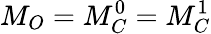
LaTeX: M_{O}=M_{C}^{0}=M_{C}^{1}